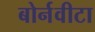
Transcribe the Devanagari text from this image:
बोर्नवीटा